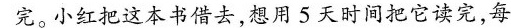
完。小红把这本书借去，想用5天时间把它读完，每